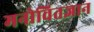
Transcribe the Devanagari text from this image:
मनोवितज्ञान